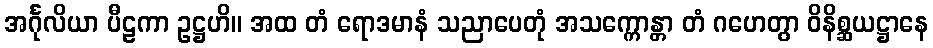
အင်္ဂုလိယာ ပီဠကာ ဥဋ္ဌဟိ။ အထ တံ ရောဒမာနံ သညာပေတုံ အသက္ကောန္တာ တံ ဂဟေတွာ ဝိနိစ္ဆယဋ္ဌာနေ